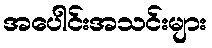
အပေါင်းအသင်းများ